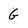
Character: G